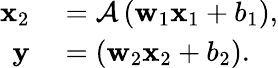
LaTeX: \begin{array}{rl}{\mathbf{x}_{2}}&{{}=\mathcal{A}\left(\mathbf{w}_{1}\mathbf{x}_{1}+b_{1}\right),}\\ {\mathbf{y}}&{{}=\left(\mathbf{w}_{2}\mathbf{x}_{2}+b_{2}\right).}\end{array}